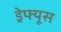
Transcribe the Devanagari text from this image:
ड्रेफ्यूस